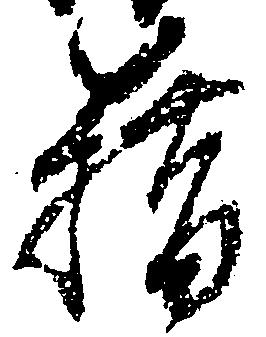
籍